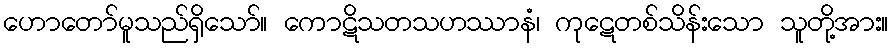
ဟောတော်မူသည်ရှိသော်။ ကောဋိသတသဟဿာနံ၊ ကုဋေတစ်သိန်းသော သူတို့အား။